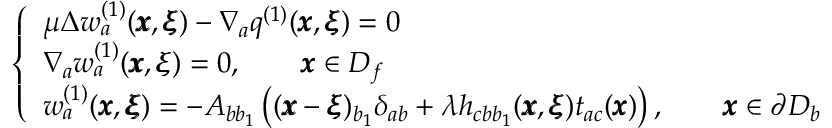
\left\{ \begin{array} { l l } { \mu \Delta w _ { a } ^ { ( 1 ) } ( { \pmb x } , { \pmb \xi } ) - \nabla _ { a } q ^ { ( 1 ) } ( { \pmb x } , { \pmb \xi } ) = 0 } \\ { \nabla _ { a } w _ { a } ^ { ( 1 ) } ( { \pmb x } , { \pmb \xi } ) = 0 , \qquad { \pmb x } \in D _ { f } } \\ { w _ { a } ^ { ( 1 ) } ( { \pmb x } , { \pmb \xi } ) = - A _ { b b _ { 1 } } \left( ( { \pmb x } - { \pmb \xi } ) _ { b _ { 1 } } \delta _ { a b } + { \lambda } h _ { c b b _ { 1 } } ( { \pmb x } , { \pmb \xi } ) t _ { a c } ( { \pmb x } ) \right) , \qquad { \pmb x } \in \partial D _ { b } } \end{array} \right.